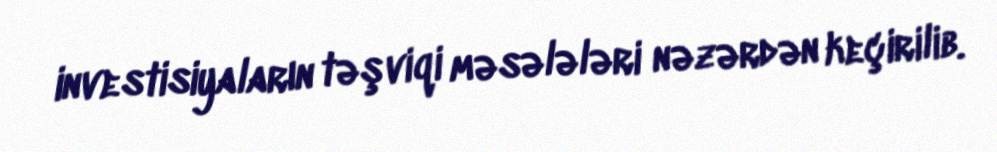
investisiyaların təşviqi məsələləri nəzərdən keçirilib.